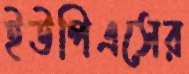
ইউপিএসের